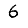
Digit: 6